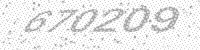
Solution: 670209